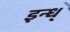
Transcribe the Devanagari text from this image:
इन्ध्‌